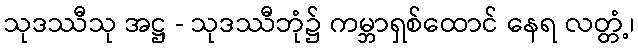
သုဒဿီသု အဋ္ဌ - သုဒဿီဘုံ၌ ကမ္ဘာရှစ်ထောင် နေရ လတ္တံ့၊